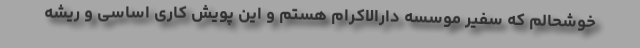
خوشحالم که سفیر موسسه دارالاکرام هستم و این پویش کاری اساسی و ریشه